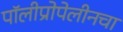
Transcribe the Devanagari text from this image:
पॉलीप्रोपेलीनचा